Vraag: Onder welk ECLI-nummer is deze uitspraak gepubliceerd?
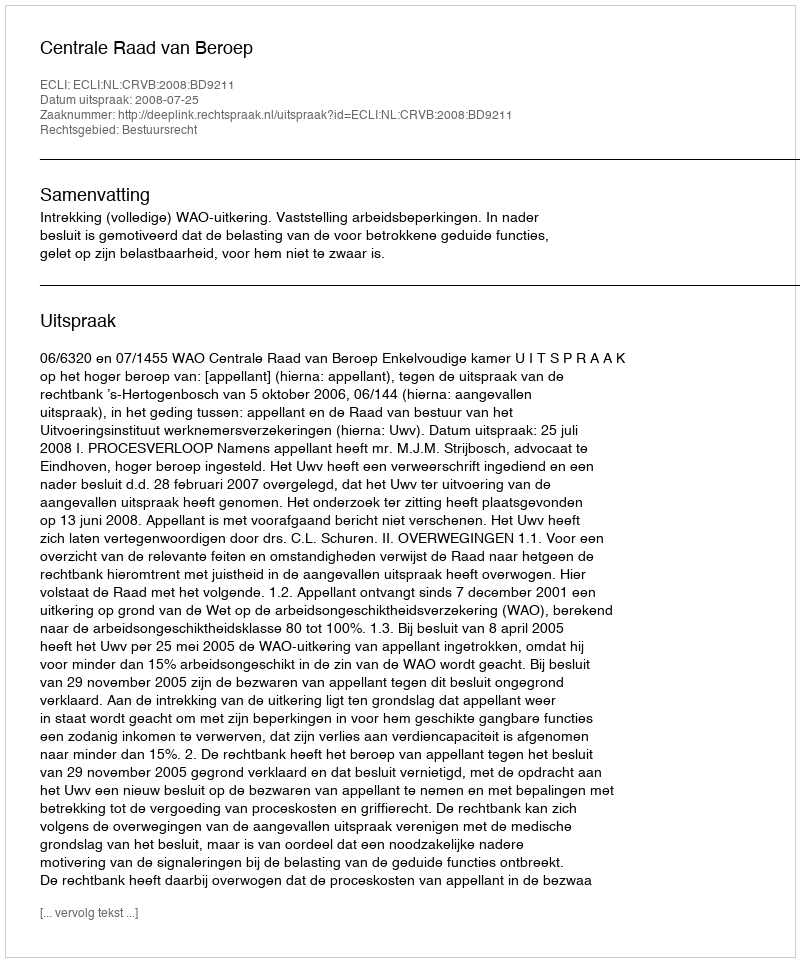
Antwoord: ECLI:NL:CRVB:2008:BD9211